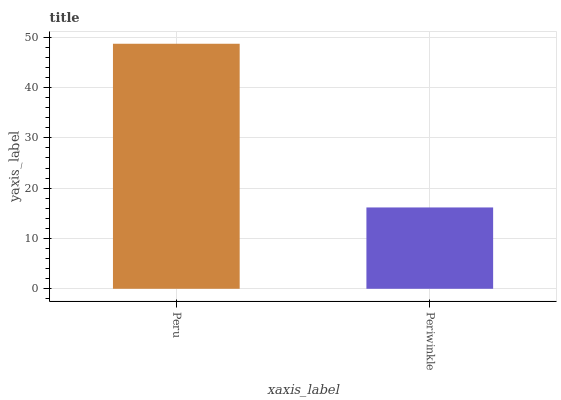
| xaxis_label | bars |
 | --- | --- |
 | Peru | 48.7 |
 | Periwinkle | 16.2 |